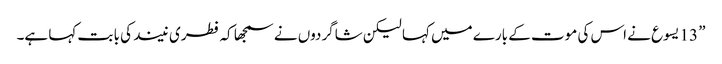
” 13 یسوع نے اس کی موت کے بارے میں کہا لیکن شاگردوں نے سمجھا کہ فطری نیند کی با بت کہا ہے۔